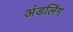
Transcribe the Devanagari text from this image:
अंडलिंग